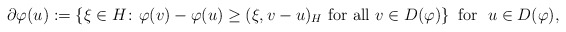
\begin{align*}\partial \varphi(u) := \left\{\xi \in H \colon \varphi(v) - \varphi(u) \geq (\xi, v - u)_H \ \mbox{for all } v \in D(\varphi)\right\}\mbox{ for } \ u \in D(\varphi),\end{align*}